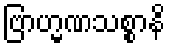
ဗြာဟ္မဏသစ္စာနိ